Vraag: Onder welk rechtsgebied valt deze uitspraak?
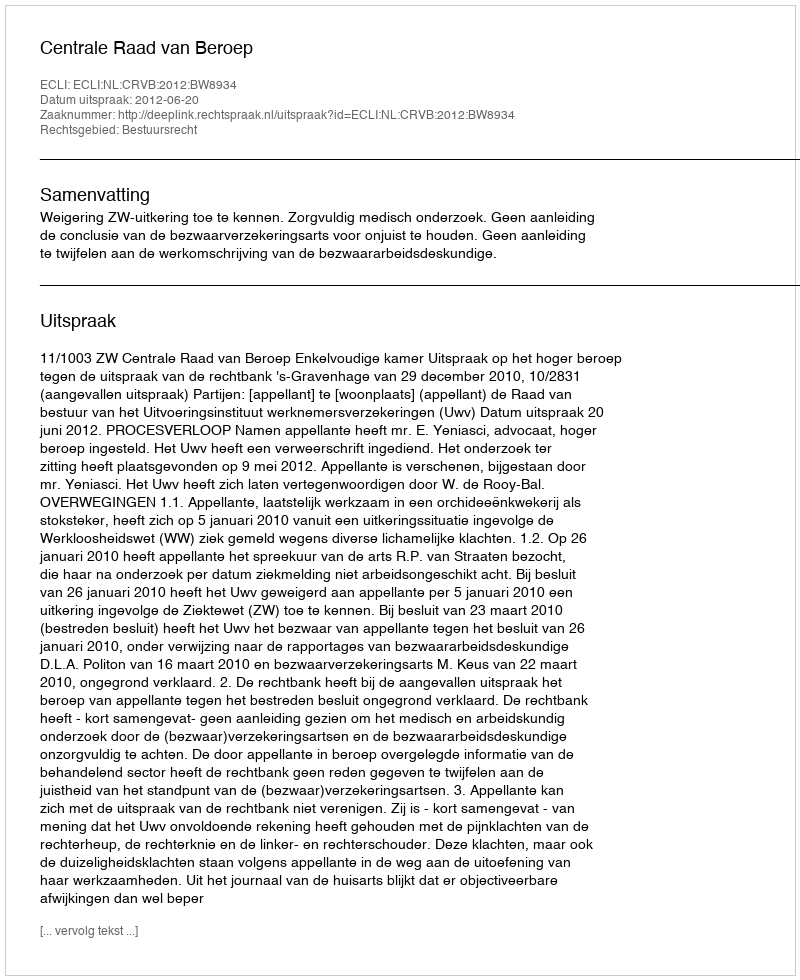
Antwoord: Bestuursrecht